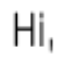
Hi,